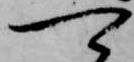
可